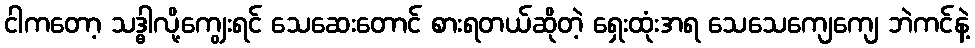
ငါကတော့ သဒ္ဓါလို့ကျွေးရင် သေဆေးတောင် စားရတယ်ဆိုတဲ့ ရှေးထုံးအရ သေသေကျေကျေ ဘဲကင်နဲ့